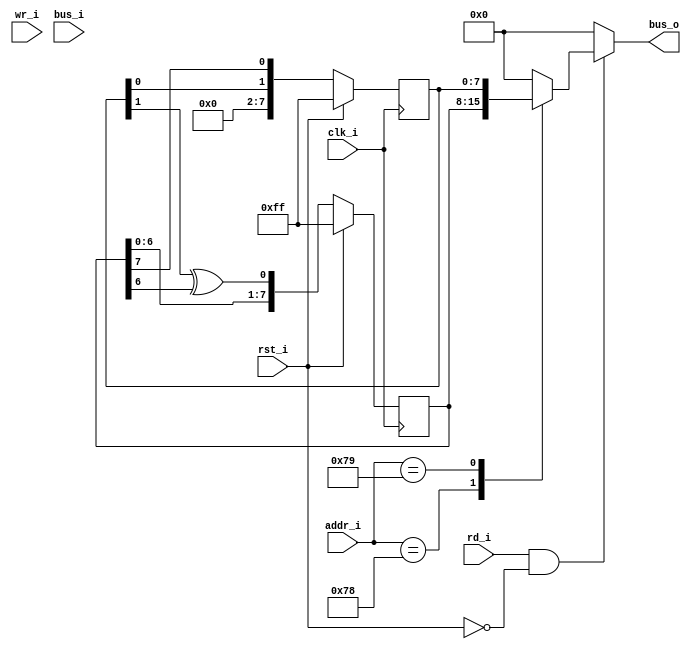
// This program was cloned from: https://github.com/agg23/openfpga-arduboy
// License: GNU General Public License v3.0

/*
 * This IP is the ATMEGA random generator implementation.
 * 
 * Copyright (C) 2020  Iulian Gheorghiu (morgoth@devboard.tech)
 * 
 * This program is free software; you can redistribute it and/or
 * modify it under the terms of the GNU General Public License
 * as published by the Free Software Foundation; either version 2
 * of the License, or (at your option) any later version.
 * 
 * This program is distributed in the hope that it will be useful,
 * but WITHOUT ANY WARRANTY; without even the implied warranty of
 * MERCHANTABILITY or FITNESS FOR A PARTICULAR PURPOSE.  See the
 * GNU General Public License for more details.
 * 
 * You should have received a copy of the GNU General Public License
 * along with this program; if not, write to the Free Software
 * Foundation, Inc., 51 Franklin Street, Fifth Floor, Boston, MA  02110-1301, USA.
 */


module atmega_rng_as_adc # (
	parameter PLATFORM = "XILINX",
	parameter BUS_ADDR_DATA_LEN = 8,
	parameter RNG_BIT_NR = 10,
	parameter ADCL_ADDR = 'h78,
	parameter ADCH_ADDR = 'h79,
	parameter ADCSRA_ADDR = 'h7A,
	parameter ADCSRB_ADDR = 'h7B,
	parameter ADMUX_ADDR = 'h7C
)(
	input rst_i,
	input clk_i,

	input [BUS_ADDR_DATA_LEN-1:0]addr_i,
	input wr_i,
	input rd_i,
	input [7:0]bus_i,
	output reg [7:0]bus_o
    );

reg [7:0]ADCL;
reg [7:0]ADCH;
reg [7:0]ADCSRA;
reg [7:0]ADCSRB;
wire [RNG_BIT_NR - 1:0]b = {ADCH, ADCL};

reg feedback;
generate
always @ *
begin
if(RNG_BIT_NR == 8)
	feedback = b[7] ^ b[5] ^ b[4] ^ b[3];
else if(RNG_BIT_NR == 9)
	feedback = b[8] ^ b[4];
else if(RNG_BIT_NR == 10)
	feedback = b[9] ^ b[6];
else if(RNG_BIT_NR == 11)
	feedback = b[10] ^ b[8];
else if(RNG_BIT_NR == 12)
	feedback = b[11] ^ b[5] ^ b[3] ^ b[0];
else if(RNG_BIT_NR == 13)
	feedback = b[12] ^ b[3] ^ b[2] ^ b[0];
else if(RNG_BIT_NR == 14)
	feedback = b[13] ^ b[4] ^ b[2] ^ b[0];
else if(RNG_BIT_NR == 15)
	feedback = b[14] ^ b[13];
else if(RNG_BIT_NR == 16)
	feedback = b[15] ^ b[14] ^ b[12] ^ b[3];
end
endgenerate

always @ *
begin
	bus_o = 8'h0;
	if(rd_i & ~rst_i)
	begin
		case(addr_i)
			ADCL_ADDR: bus_o = ADCL;
			ADCH_ADDR: bus_o = ADCH;
			//ADCSRA_ADDR: bus_o = ADCSRA;
			//ADCSRB_ADDR: bus_o = ADCSRB;
		endcase
	end
end

always @ (posedge clk_i)
begin
	if(rst_i)
	begin
		ADCL <= 8'hFF;
		ADCH <= 08'hFF;
		//ADCSRA <= 0;
		//ADCSRB <= 0;
	end
	else
	begin
		//if(wr)
		//begin
		//	case(addr)
		//		ADCSRA_ADDR: ADCSRA <= bus_out;
		//		ADCSRB_ADDR: ADCSRB <= bus_out;
		//	endcase
		//end
		{ADCH, ADCL} <= {b[RNG_BIT_NR - 2 : 0], feedback};
	end
end

endmodule